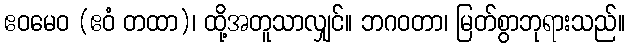
ဧဝမေဝ (ဧဝံ တထာ)၊ ထို့အတူသာလျှင်။ ဘဂဝတာ၊ မြတ်စွာဘုရားသည်။